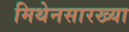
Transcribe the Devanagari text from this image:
मिथेनसारख्या